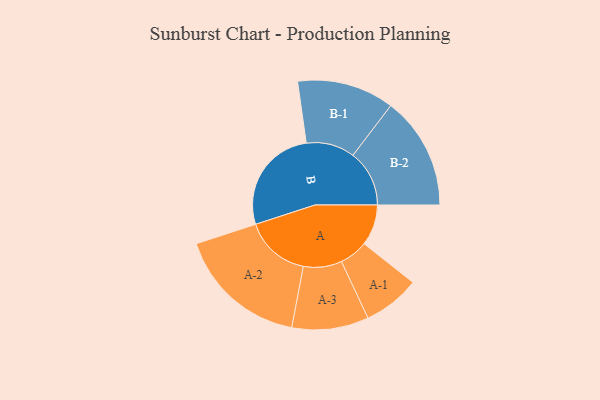
{"axis": {"x": "Segment", "y": "Value"}, "legend": ["", "A", "B"], "data": [{"x": "A", "y": 157, "type": ""}, {"x": "B", "y": 410, "type": ""}, {"x": "A-1", "y": 109, "type": "A"}, {"x": "A-2", "y": 251, "type": "A"}, {"x": "A-3", "y": 147, "type": "A"}, {"x": "B-1", "y": 186, "type": "B"}, {"x": "B-2", "y": 216, "type": "B"}]}